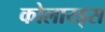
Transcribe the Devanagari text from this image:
कोलाय्ड्स